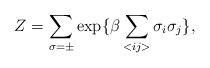
LaTeX: \begin{align*}Z=\sum_{\sigma=\pm} \exp\{ \beta\sum_{<ij>}\sigma_i\sigma_j\},\end{align*}